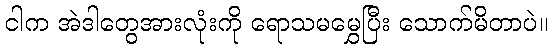
ငါက အဲဒါတွေအားလုံးကို ရောသမမွှေပြီး သောက်မိတာပဲ။